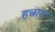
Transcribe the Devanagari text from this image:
हन्नारा